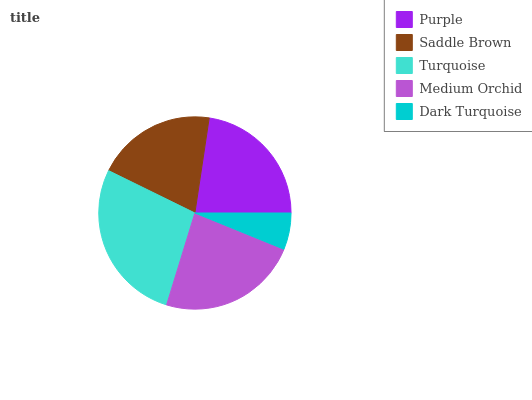
| Purple | Saddle Brown | Turquoise | Medium Orchid | Dark Turquoise |
 | --- | --- | --- | --- | --- |
 | 22.6% | 20.1% | 27.6% | 23.6% | 6.17% |